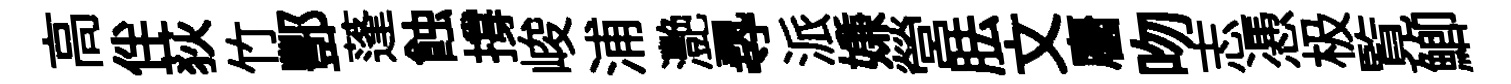
高伴荻竹酆蓬蝕撐峻浦灧𡬶派嫌營胠文麕吻志慿极覧鯽